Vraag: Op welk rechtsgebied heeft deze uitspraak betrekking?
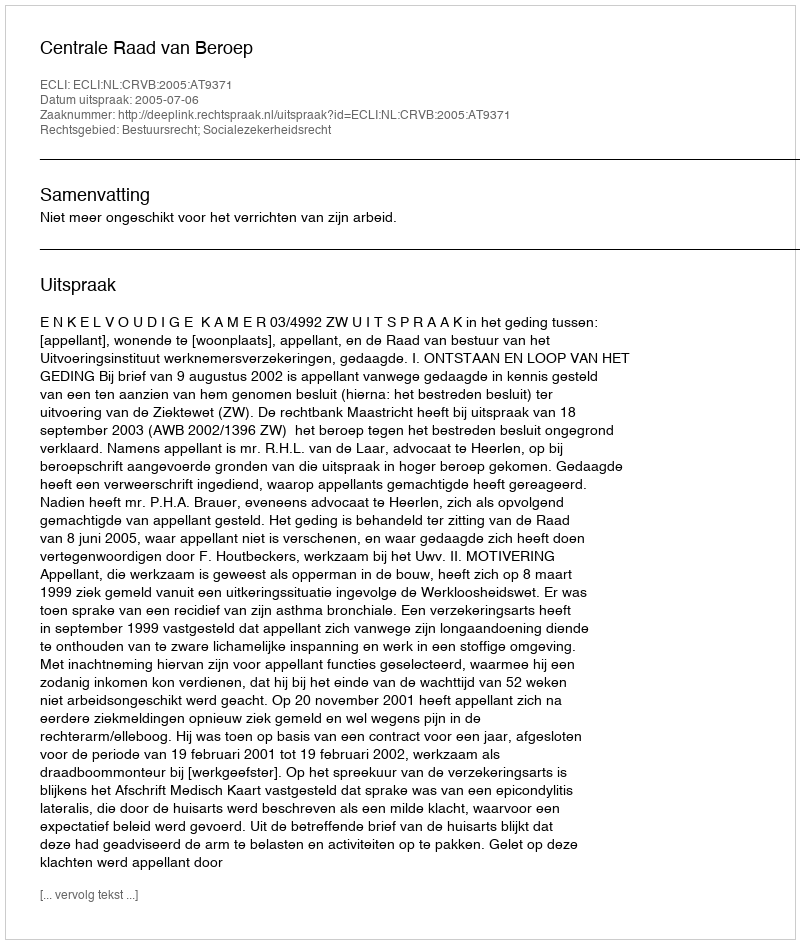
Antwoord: Bestuursrecht; Socialezekerheidsrecht